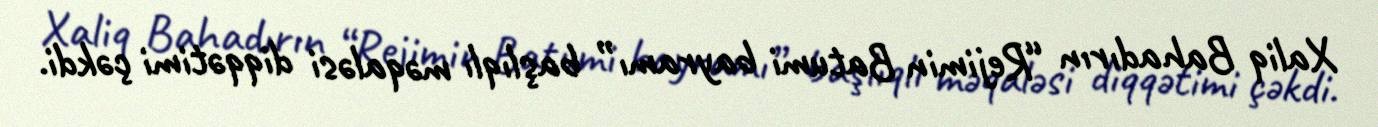
Xaliq Bahadırın “Rejimin Batumi bayramı” başlıqlı məqaləsi diqqətimi çəkdi.